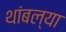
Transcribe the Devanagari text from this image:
थांबल्या